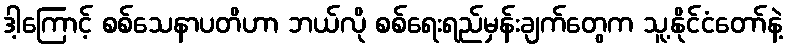
ဒါ့ကြောင့် စစ်သေနာပတိဟာ ဘယ်လို စစ်ရေးရည်မှန်းချက်တွေက သူ့နိုင်ငံတော်နဲ့